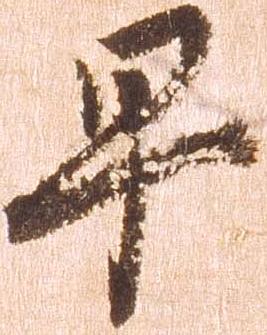
早